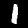
Label: 1